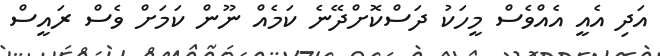
އަދި އެއީ އެއްވެސް މީހަކު ދަސްކޮށްދޭނެ ކަމެއް ނޫން ކަމަށް ވެސް ރައީސް